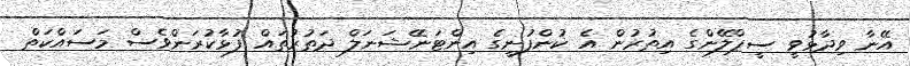
އޭނާ ވިދާޅުވީ ސީޕްލޭންގެ އިތުރުން އެ ކުންފުނީގެ އިންޓަނޭޝަނަލް ދަތުރުތައް ފުޅާކުރަންވެސް މަސައްކަތް